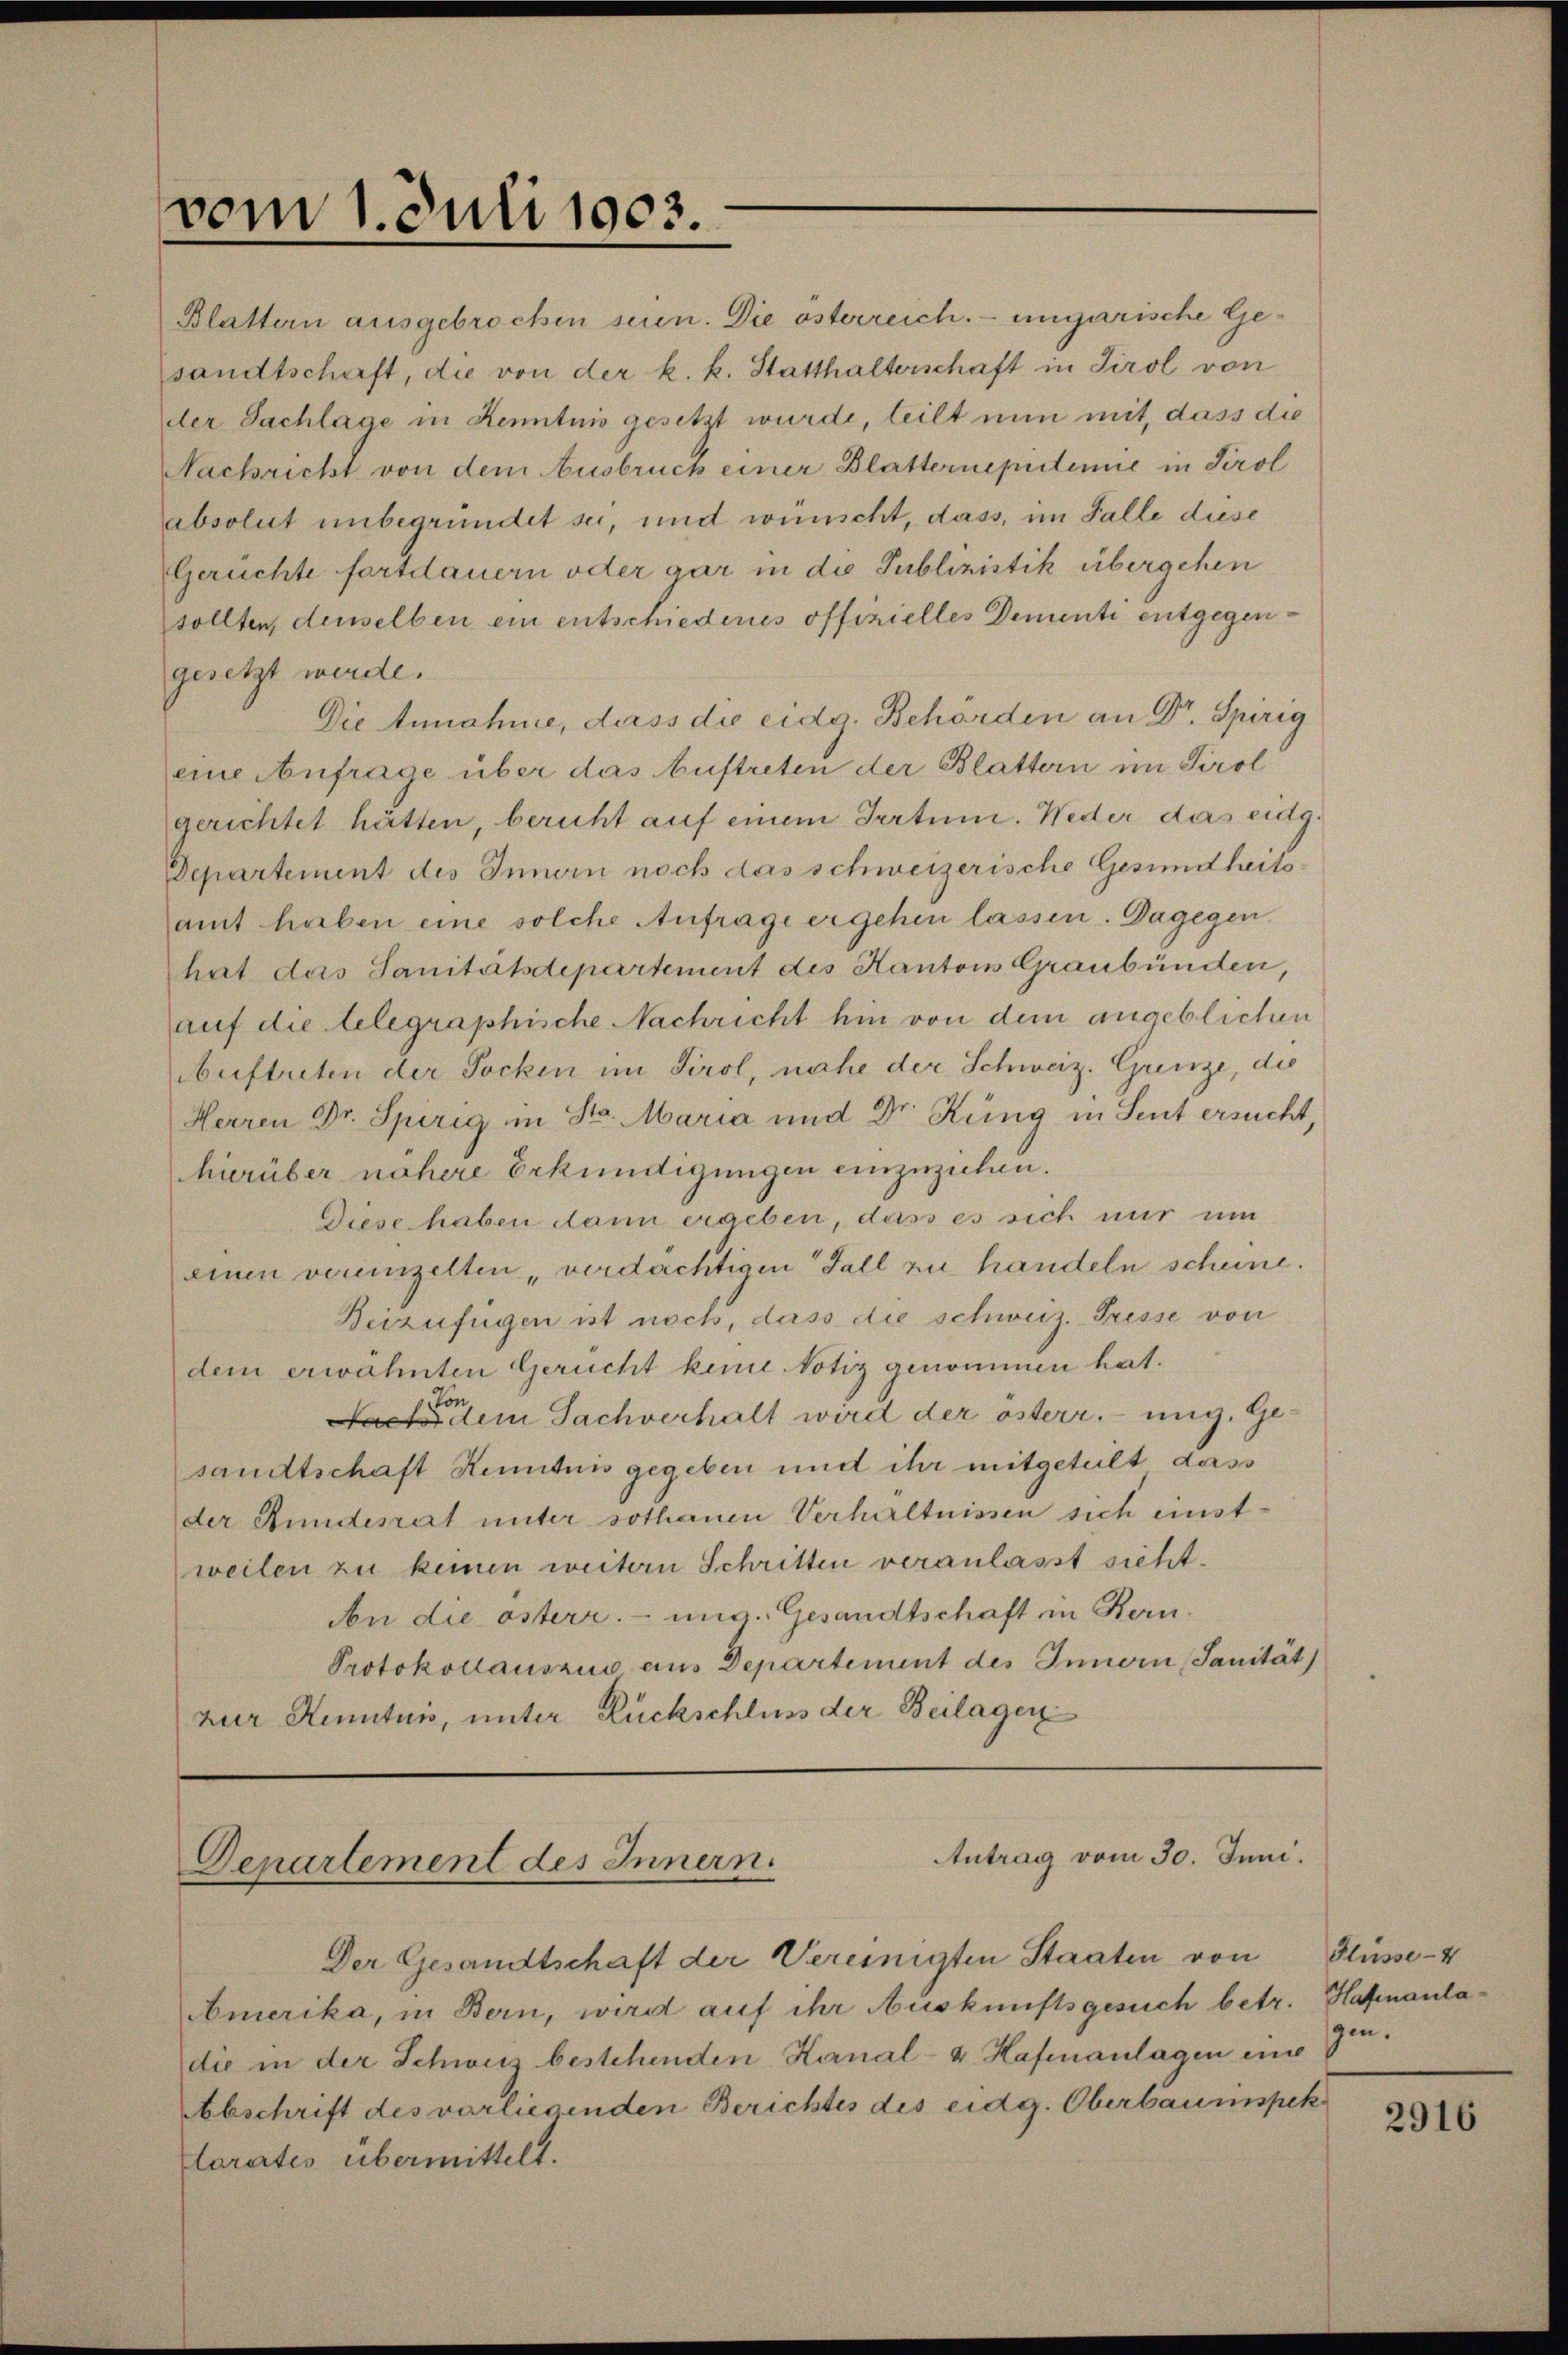
vom 1. Juli 1903.

Blattern ausgebrochen seien. Die österreich. - ungarische Gesandtschaft, die von der k. k. Statthalterschaft in Tirol von
der Sachlage in Kenntnis gesetzt wurde, teilt nun mit, dass die
Nachricht von dem Ausbruch einer Blatternepistinie in Tirol
absolut unbegründet sei, und wünscht, dass, im Falle diese
Gerüchte fortdauern oder gar in die Publizistik übergehen
sollten, denselben ein entschiederes offizielles Dementi entgegengesetzt werde.
Die Annahme, dass die eidg. Behörden an Dr. Spirig
eine Anfrage über das Auftreten der Blattern im Tirol
gerichtet hätten, beruht auf einem Irrtum. Weder das eidg.
Departement des Innern noch das schweizerische Gesundheitsamt haben eine solche Anfrage ergehen lassen. Dagegen
hat das Sanitätsdepartement des Kantons Graubünden,
auf die telegraphische Nachricht hin von dem angeblichen
Auftreten der Socken im Tirol, nahe der Schweiz. Grenze, die
Herren Dr. Spirig in St. Maria und Dr. Rüng in Seut ersucht,
hierüber nähere Erkundigungen einzuziehen.
Diese haben dann ergeben, dass es sich nur um
einen verenzelten verdächtigen Fall zu handeln scheine.
Beizufügen ist noch, dass die schweiz. Presse von
dem erwähnten Gerucht keine Notiz genommen hat.
on
dem Sachverhalt wird der österr. ung. Ge-
sandtschaft Kenntnis gegeben und ihr mitgeteilt dass
der Bundesrat unter sothanen Verhältnissen sich einstweilen zu keinen weitern Schritten veranlasst sicht.
An die österr. ung. Gesandtschaft in Bern.
Protokollauszus aus Departement des Innern, Sanität
zur Kenntnis, unter Rückschluss der Beilagen

Antrag vom 30. Juni.
Departement des Innern.

Der Gesandtschaft der Vereinigten Staaten von
Amerika, in Bern, wird auf ihr Auskunftsgesuch betr. Hafenanladie in der Schweiz bestehenden Kanal- u. Hafenanlagen eine
Abschrift des vorliegenden Berichtes des eidg. Oberbaumspek
larates übermittelt.

Flüsse - 4
gen.

2916